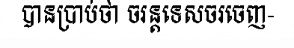
បានប្រាប់ថា ចរន្តទេសចរចេញ-